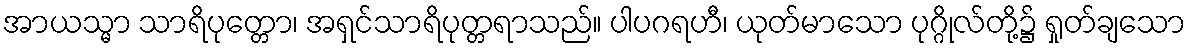
အာယသ္မာ သာရိပုတ္တော၊ အရှင်သာရိပုတ္တရာသည်။ ပါပဂရဟီ၊ ယုတ်မာသော ပုဂ္ဂိုလ်တို့၌ ရှုတ်ချသော